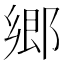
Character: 郷